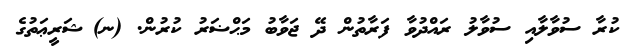
ކުރާ ސުވާލާއި ސުވާލު ރައްދުވާ ފަރާތުން ދޭ ޖަވާބު މަޙްޟަރު ކުރުން. (ނ)	ޝަރީޢަތުގެ